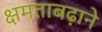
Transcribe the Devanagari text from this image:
क्षमताबढ़ाने